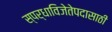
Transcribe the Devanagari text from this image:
स्पर्धाविजेतेपदासाठी